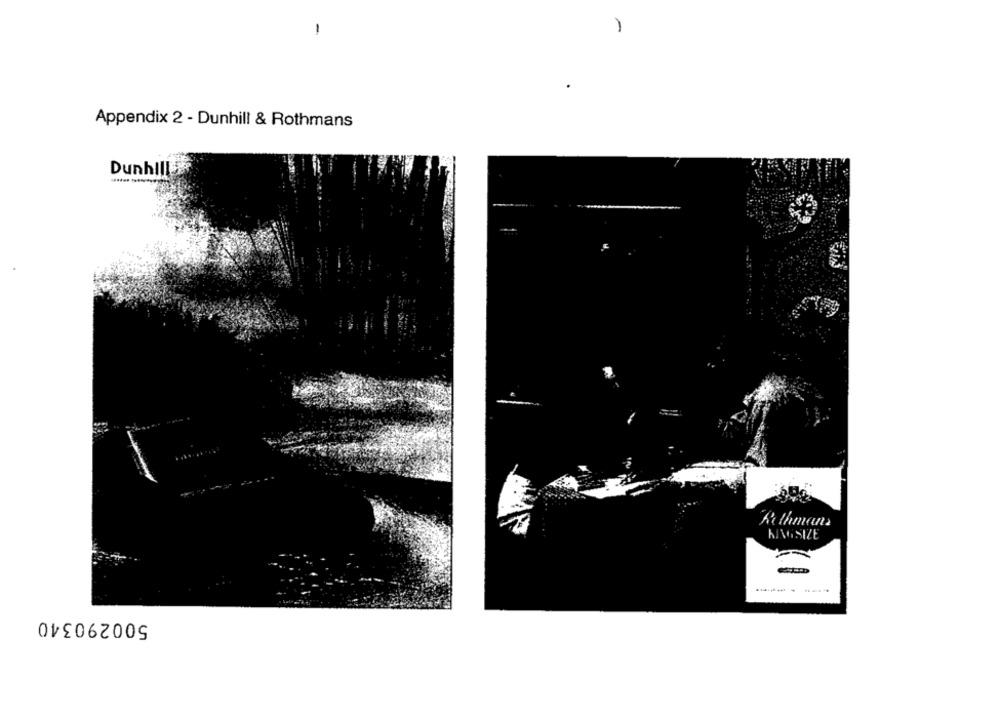
-
-
Appendix 2 - Dunhill & Rothmans
Dunhill
Rothmans
KINGSIZE
500290340